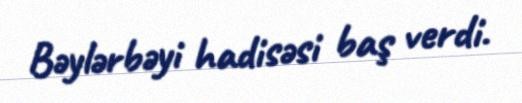
Bəylərbəyi hadisəsi baş verdi.